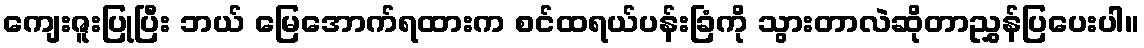
ကျေးဇူးပြုပြီး ဘယ် မြေအောက်ရထားက စင်ထရယ်ပန်းခြံကို သွားတာလဲဆိုတာညွှန်ပြပေးပါ။